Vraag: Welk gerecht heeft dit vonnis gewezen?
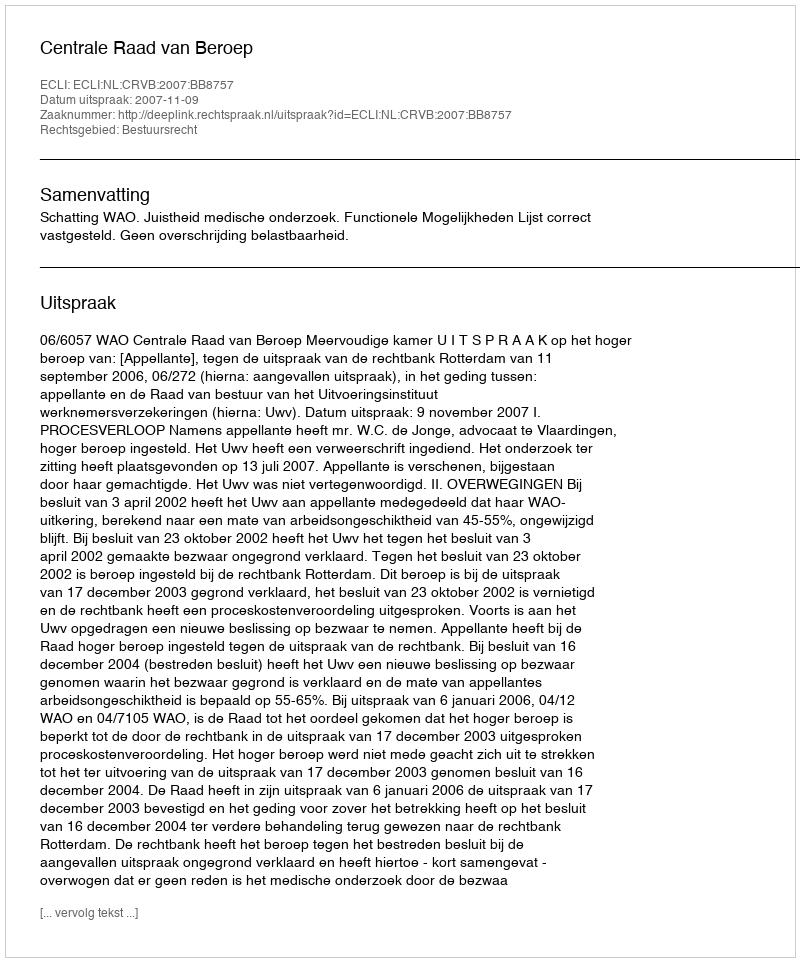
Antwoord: Centrale Raad van Beroep